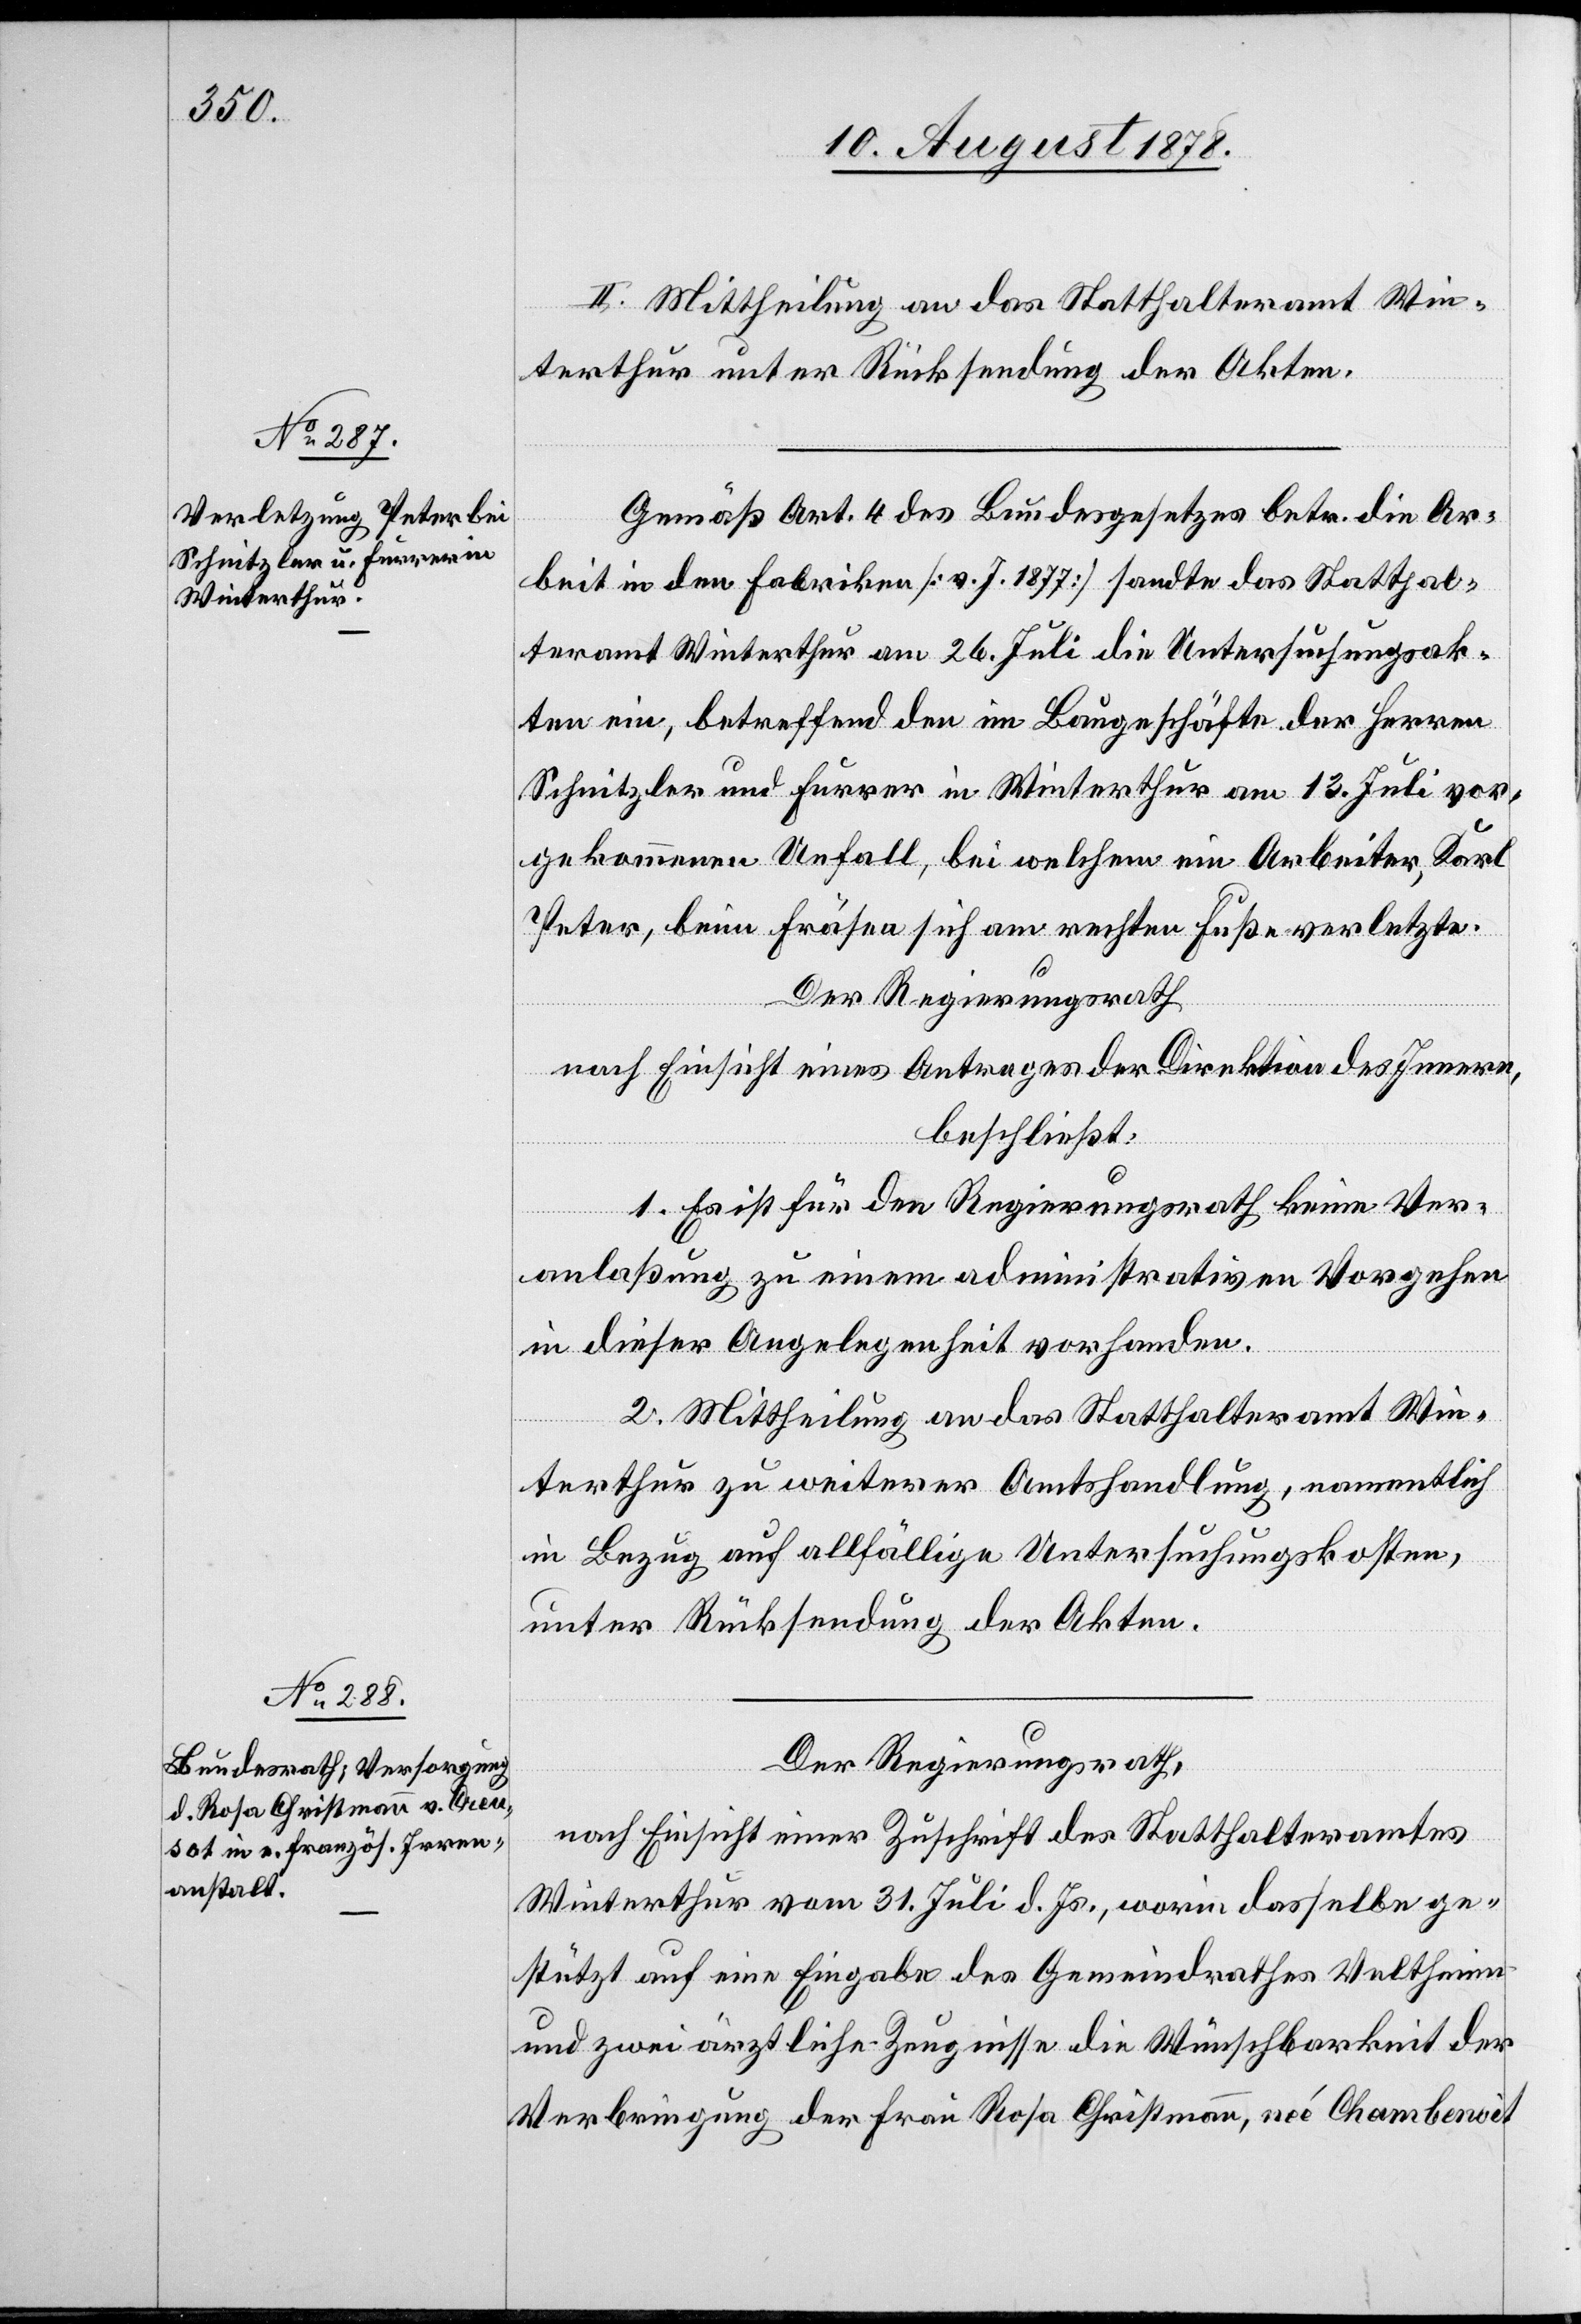
II. Mittheilung an das Statthalteramt Win¬
terthur unter Rücksendung der Akten.
Gemäß Art. 4 des Bundesgesetzes betr. die Ar¬
beit in den Fabriken [v. J. 1877] sandte das Statthal¬
teramt Winterthur am 26. Juli die Untersuchungsak¬
ten ein, betreffend den im Baugeschäfte der Herren
Schnitzler und Furrer in Winterthur am 13. Juli vor¬
gekommenen Unfall, bei welchem ein Arbeiter, Karl
Peter, beim Fräsen sich am rechte Fuße verletzte.
Der Regierungsrath,
nach Einsicht eines Antrages der Direktion des Innern,
beschließt:
1. Es ist für den Regierungsrath keine Ver¬
anlaßung zu einem administrativen Vorgehen
in dieser Angelegenheit vorhanden.
2. Mittheilung an das Statthalteramt Win¬
terthur zu weiterer Amtshandlung, namentlich
in Bezug auf allfällige Untersuchungskosten,
unter Rücksendung der Akten.
Der Regierungsrath,
nach Einsicht einer Zuschrift des Statthalteramtes
Winterthur vom 31. Juli d. Js., worin dasselbe ge¬
stützt auf eine Eingabe des Gemeindrathes Veltheim
und zwei ärztliche Zeugnisse die Wünschbarkeit der
Verbringung der Frau Rosa Christmann, neé Chambenoit